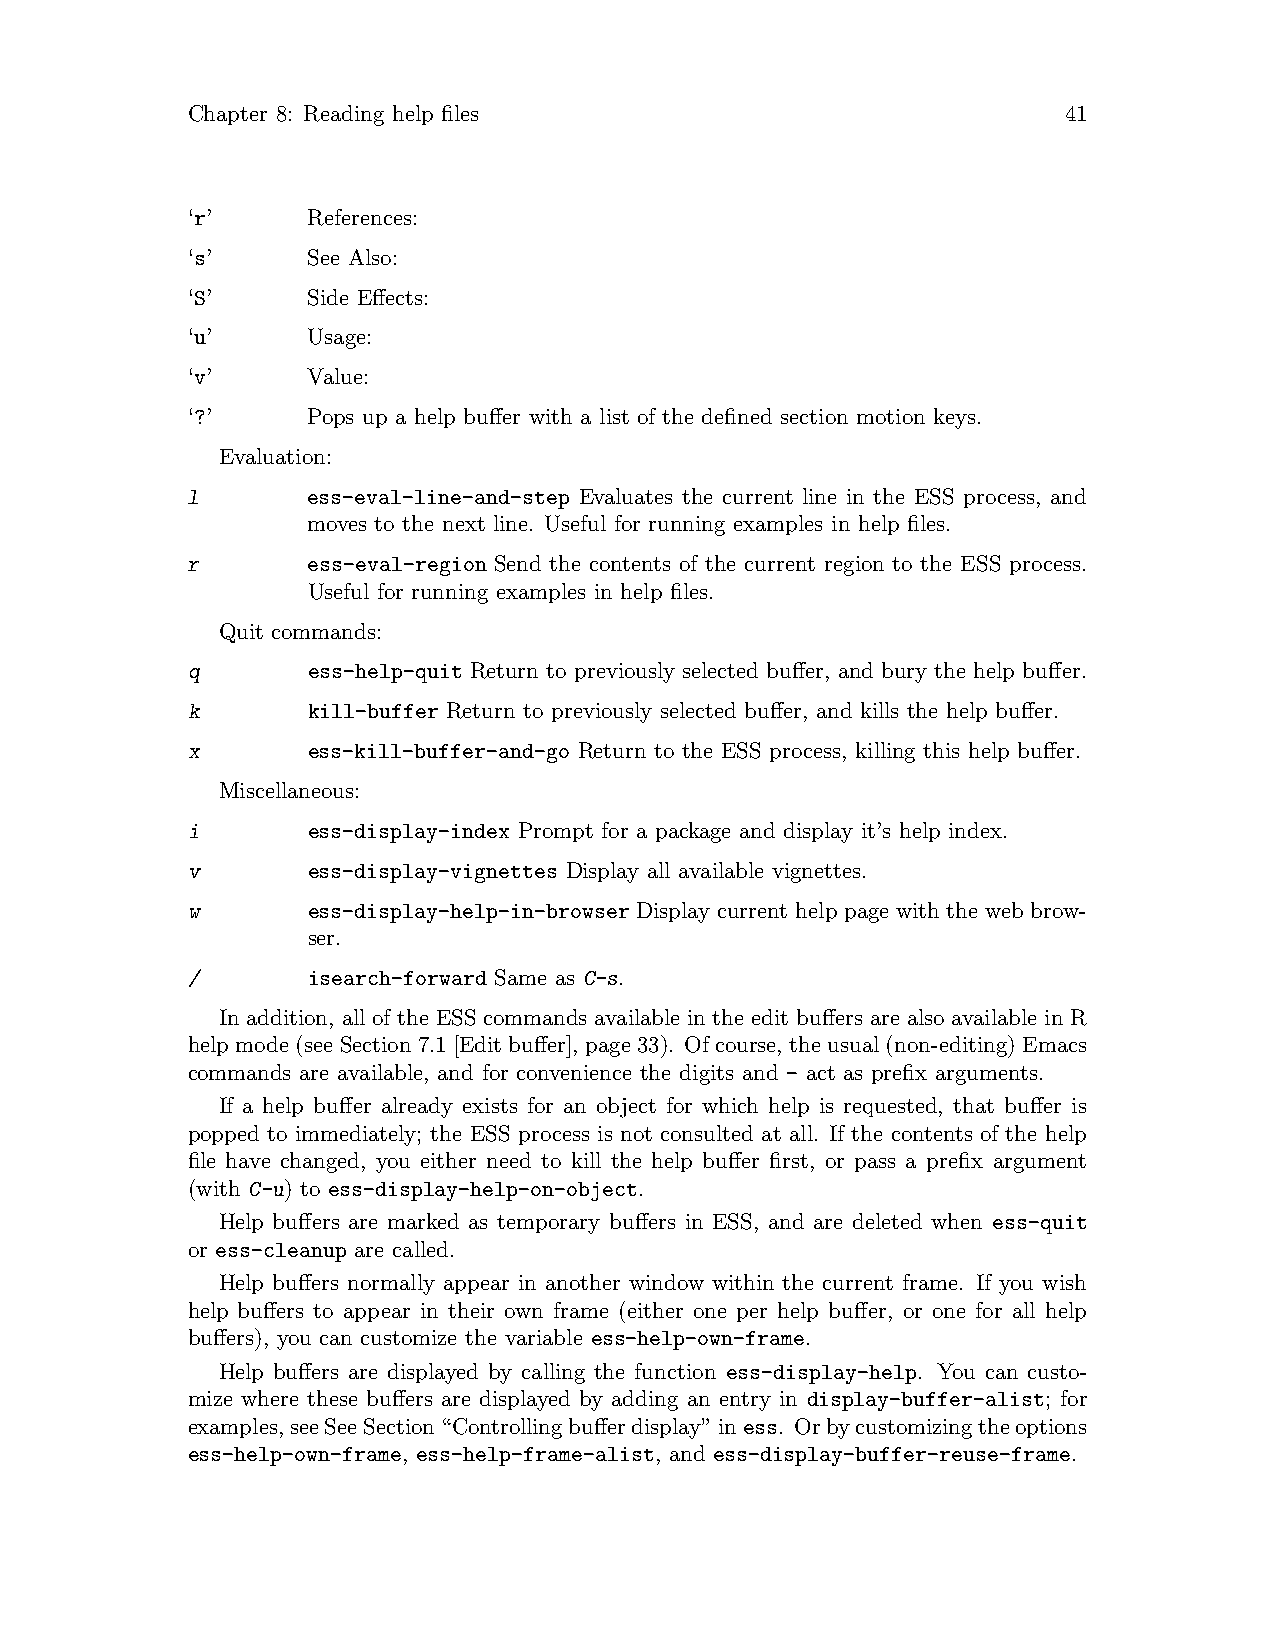
Chapter 8: Reading help files                             41
 ‘r’     References:
 ‘s’     See Also:
 ‘S’     Side Effects:
 ‘u’     Usage:
 ‘v’     Value:
 ‘?’     Pops up a help buffer with a list of the defined section motion keys.
 Evaluation:
 l       ess-eval-line-and-step Evaluates the current line in the ESS process, and
 moves to the next line. Useful for running examples in help files.
 r       ess-eval-region Send the contents of the current region to the ESS process.
 Useful for running examples in help files.
 Quit commands:
 q       ess-help-quit Return to previously selected buffer, and bury the help buffer.
 k       kill-buffer Return to previously selected buffer, and kills the help buffer.
 x       ess-kill-buffer-and-go Return to the ESS process, killing this help buffer.
 Miscellaneous:
 i       ess-display-index Prompt for a package and display it’s help index.
 v       ess-display-vignettes Display all available vignettes.
 w       ess-display-help-in-browser Display current help page with the web brow-
 ser.
 /       isearch-forward Same as C-s.
 In addition, all of the ESS commands available in the edit buffers are also available in R
 helpmode (seeSection7.1 [Editbuffer], page 33). Ofcourse, the usual(non-editing) Emacs
 commands are available, and for convenience the digits and - act as prefix arguments.
 If a help buffer already exists for an object for which help is requested, that buffer is
 popped to immediately; the ESS process is not consulted at all. If the contents of the help
 file have changed, you either need to kill the help buffer first, or pass a prefix argument
 (with C-u) to ess-display-help-on-object.
 Help buffers are marked as temporary buffers in ESS, and are deleted when ess-quit
 or ess-cleanup are called.
 Help buffers normally appear in another window within the current frame. If you wish
 help buffers to appear in their own frame (either one per help buffer, or one for all help
 buffers), you can customize the variable ess-help-own-frame.
 Help buffers are displayed by calling the function ess-display-help. You can custo-
 mize where these buffers are displayed by adding an entry in display-buffer-alist; for
 examples,seeSeeSection“Controllingbufferdisplay”iness. Orbycustomizingtheoptions
 ess-help-own-frame, ess-help-frame-alist, and ess-display-buffer-reuse-frame.